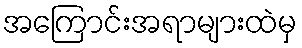
အကြောင်းအရာများထဲမှ